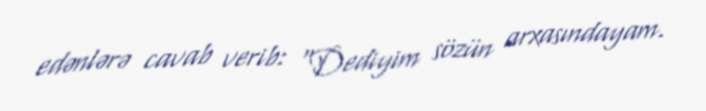
edənlərə cavab verib: "Dediyim sözün arxasındayam.